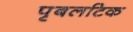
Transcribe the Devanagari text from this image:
पृबलटिक